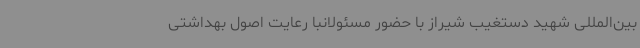
بین‌المللی شهید دستغیب شیراز با حضور مسئولانبا رعایت اصول بهداشتی